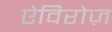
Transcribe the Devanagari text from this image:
ऐविरोज़